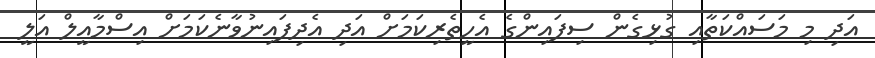
އަދި މި މަސައްކަތާއި ގުޅިގެން ސިފައިންގެ އެހީތެރިކަމަށް އަދި އެދިފައިނުވާނެކަމަށް އިސްމާއީލް އަލީ